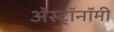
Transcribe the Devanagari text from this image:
अॅस्ट्रॉनॉमी